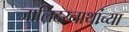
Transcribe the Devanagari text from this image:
जालिंदरनाथांच्या